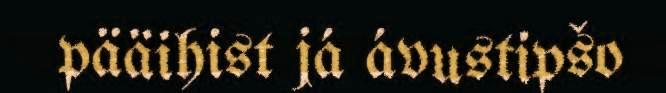
pääihist já ávustipšo